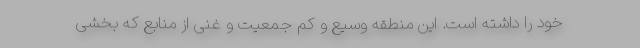
خود را داشته است. این منطقه وسیع و کم جمعیت و غنی از منابع که بخشی